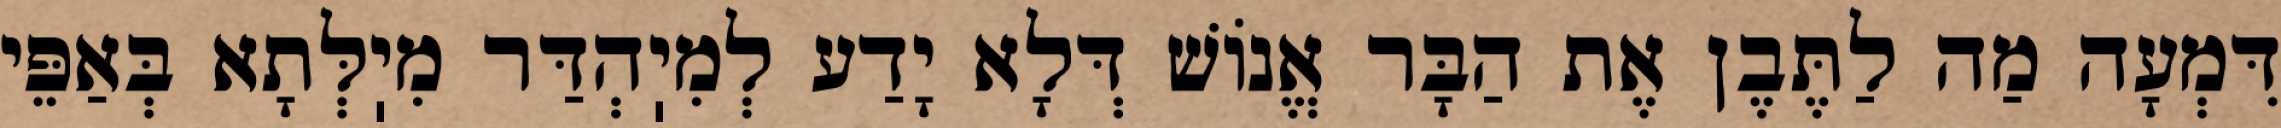
דִּמְעָה מַה לַתֶּבֶן אֶת הַבָּר אֱנוֹשׁ דְּלָא יָדַע לְמִיֽהְדַּר מִיֽלְּתָא בְּאַפֵּי